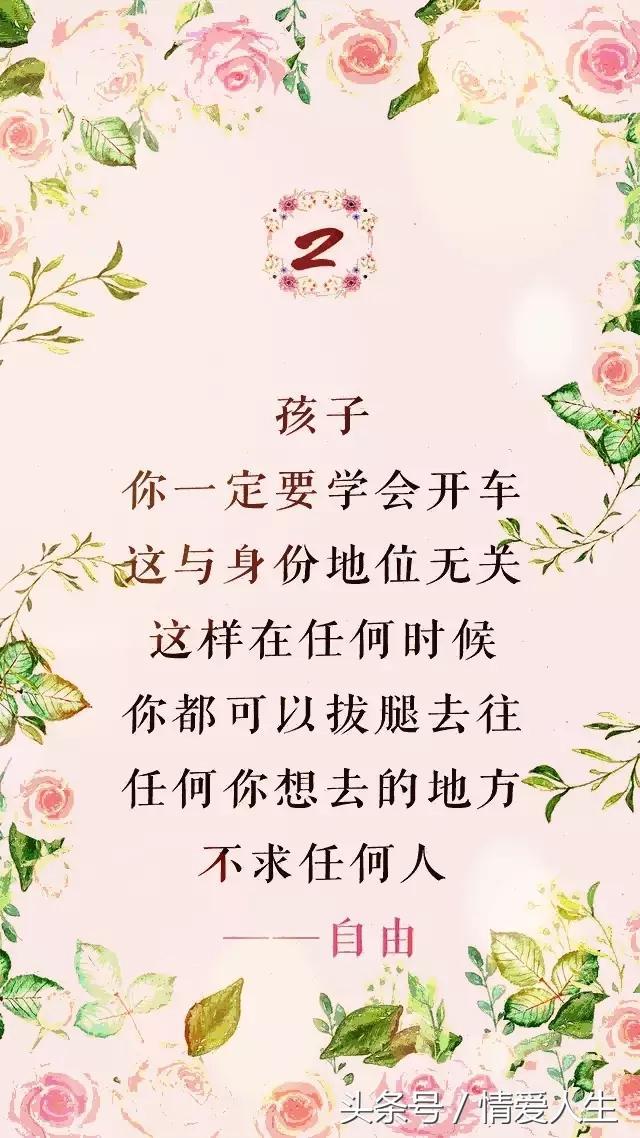
闲立春塘烟淡淡，静眠寒苇雨飕飕。